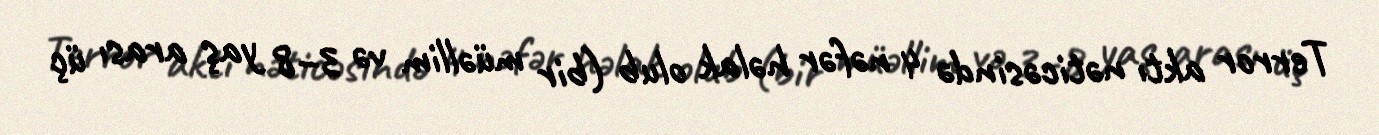
Terror aktı nəticəsində 4 nəfər həlak olub (bir müəllim və 3–8 yaş arası üç